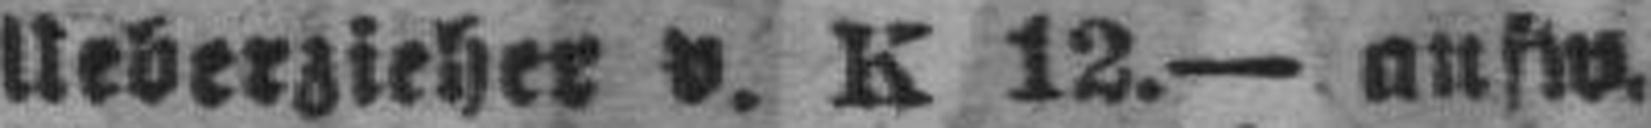
Ueberzieher v. K 12.— ausw.